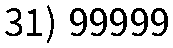
31) 99999